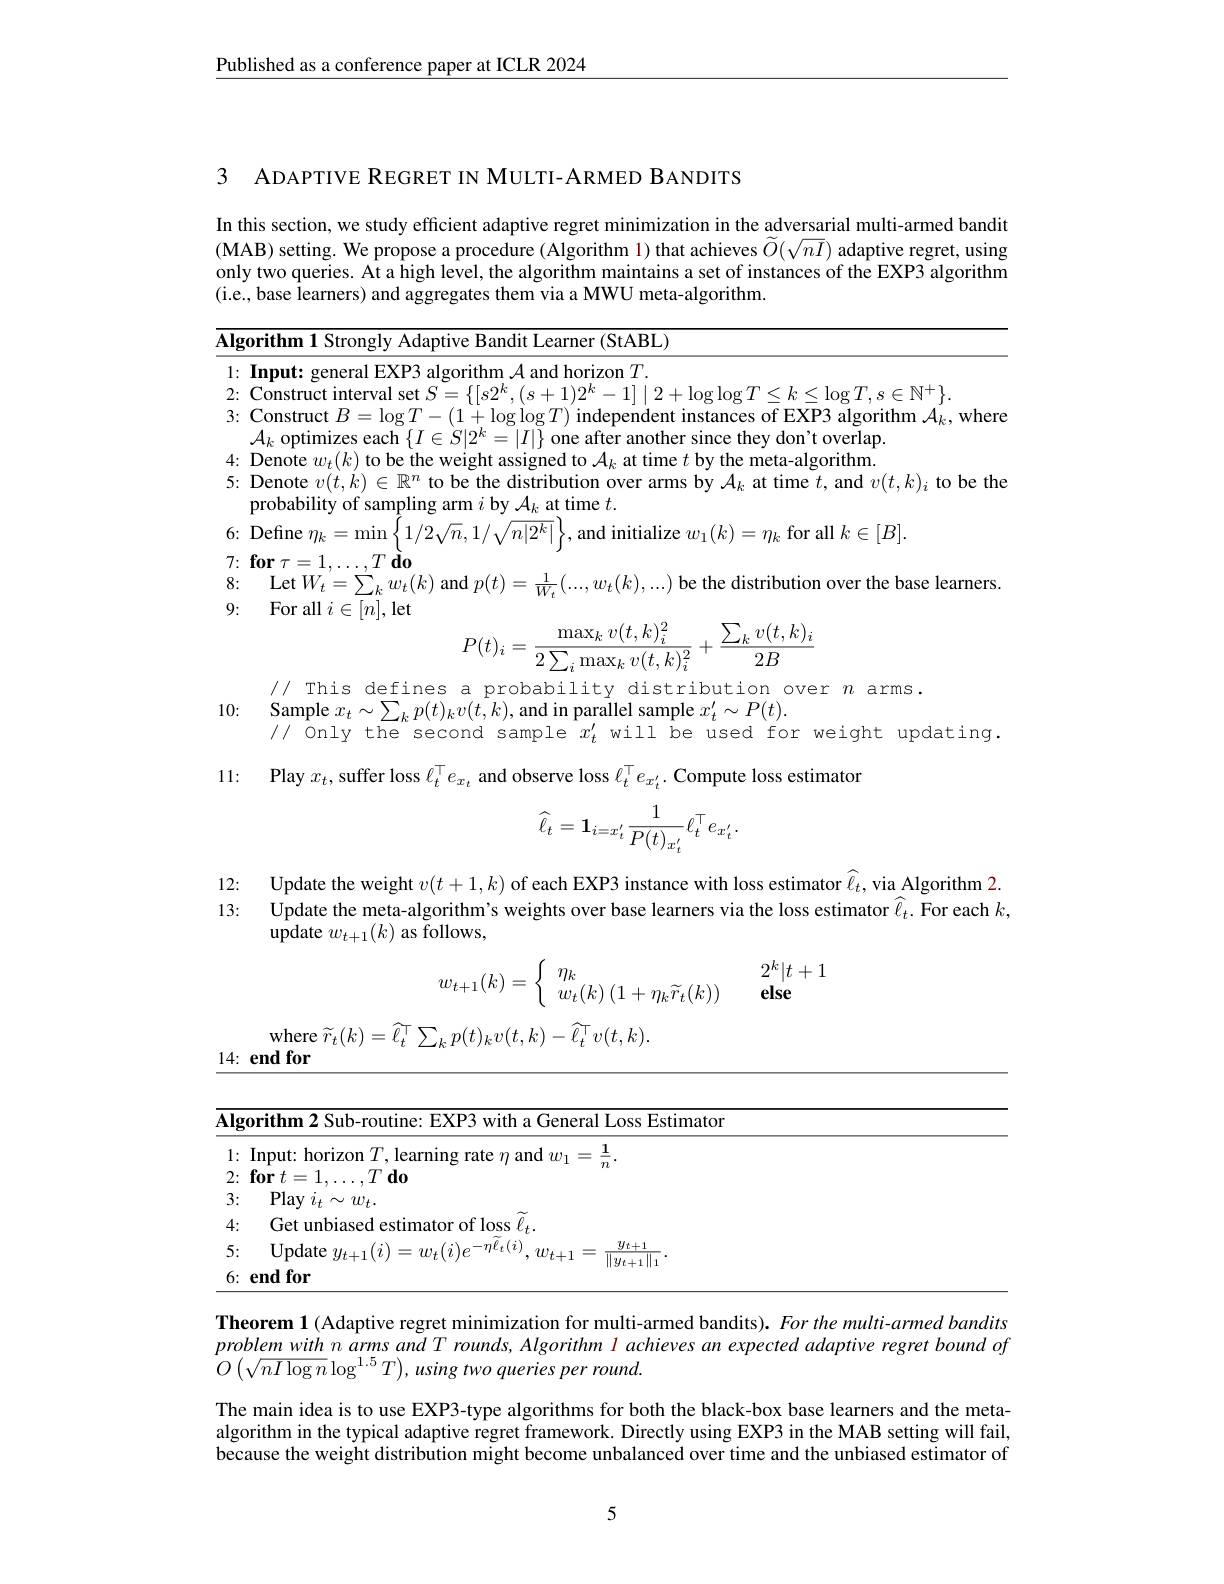
$\underline{\text{Published as a conference paper at ICLR 2024}}$

3 ADAPTIVE REGRET IN MULTI-ARMED BANDITS

In this section, we study efficient adaptive regret minimization in the adversarial multi-armed bandit

(MAB) setting. We propose a procedure (Algorithm 1) that achieves $\widetilde O(\sqrt{nI})$ adaptive regret, using

only two queries. At a high level, the algorithm maintains a set of instances of the EXP3 algorithm

<table>
	<tbody>
		<tr>
			<td>$\overline{\mathbf{Alg}}$</td>
			<td>T rithm1 Stron eBandit Learner(StABL)</td>
		</tr>
		<tr>
			<td>1 1</td>
			<td>and horizon $T.$</td>
		</tr>
		<tr>
			<td>2:</td>
			<td> </td>
		</tr>
		<tr>
			<td>3:</td>
			<td>Construct $B$ $EXP3$ $\operatorname{algorithm}\mathcal{A}_{k}$,where</td>
		</tr>
		<tr>
			<td>4:</td>
			<td>Denote $w_{t}(k)$ to be the weight as d to $A_{l,c}$ at time $t$ bv the meta-algorithn</td>
		</tr>
		<tr>
			<td>5:</td>
			<td>Denote $v(t,k)\in\mathbb{R}^n$ to be the distribution over arms by $\mathcal{A}_k$ at time $t$, and $v(t,k)_i$ to be the probability of sampling arm $i$ by $\mathcal{A}_k$ at time $t.$</td>
		</tr>
		<tr>
			<td>6:</td>
			<td>${\mathrm{Define~}\eta_{k}}=$ =mm and initialize $w_1(k)=\eta_k$ for all $k\in[B].$</td>
		</tr>
		<tr>
			<td>7:</td>
			<td>$\mathbf{for}\tau=1$ $7T$ $dq$</td>
		</tr>
		<tr>
			<td>8:</td>
			<td>$\operatorname*{Let}W_{t}=\sum_{k}w_{t}(k)$ and $p(t)=$ $\frac{1}{w}(...,w_{t}(k),...)$ be the distribution over the base learners.</td>
		</tr>
		<tr>
			<td>0.</td>
			<td> </td>
		</tr>
	</tbody>
</table>
$$P(t)_i=\frac{\max_kv(t,k)_i^2}{2\sum_i\max_kv(t,k)_i^2}+\frac{\sum_kv(t,k)_i}{2B}$$
$\begin{array}{ll}10:&\text{Sample }x_{t}\sim\sum_{k}p(t)_{k}v(t,\dot{k}),\text{and in parallel sample }x_{t}^{\prime}\sim P(t).\\&\text{// Only the second sample }x_{t}^{\prime}\text{will be used for weight updating.}\end{array}$

// This defines a probability distribution over $n$ arms.
11: Play $x_t$,suffer loss $\ell_t^\top e_{x_t}$ and observe loss $\ell_t^\top e_{x_t^{\prime}}.$ Compute loss estimator
$$\widehat{\ell_{t}}=\mathbf{1}_{i=x_{t}^{'}}\frac{1}{P(t)_{x_{t}^{'}}}\ell_{t}^{\top}e_{x_{t}^{'}}.$$
12:
13: Update the meta-algorithm's weights over base learners via the loss estimator $\widehat{\ell}_t.$ For each $k$,

Update the weight $v(t+1,k)$ of each EXP3 instance with loss estimator $\widehat{\ell}_t$, via Algorithm 2
$\hat{\text{update }w_{t+1}}(k)$ as follows,
$$w_{t+1}(k)=\left\{\begin{array}{ll}\eta_k&\quad2^k|t+1\\w_t(k)\left(1+\eta_k\widetilde{r}_t(k)\right)&\quad\textbf{else}\end{array}\right.$$
${\mathrm{where~}\widetilde{r}_{t}}(k)=\widehat{\ell}_{t}^{\top}\sum_{k}p(t)_{k}v(t,k)-\widehat{\ell}_{t}^{\top}v(t,k).$

$14: \textbf{end for}$

<table>
	<tbody>
		<tr>
			<th>$\overline{\mathbf{Alg}}$ 、</th>
			<th>$\mathbf{gorithm2}$ Sub-routine: EXP3 with a General Loss Estimator</th>
		</tr>
		<tr>
			<td>1 $\bullet$ 1</td>
			<td>Input: horizon 一1 armino Tate and $\eta_{11}$</td>
		</tr>
		<tr>
			<td>2:</td>
			<td>$\mathbf{for}t=1,\ldots,T\mathbf{do}$</td>
		</tr>
		<tr>
			<td>3:</td>
			<td>$\operatorname{Play}i_t\sim w_t.$</td>
		</tr>
		<tr>
			<td>4: T T</td>
			<td>Get unbiased estimator of loss $\ell _{t}$</td>
		</tr>
		<tr>
			<td>5:</td>
			<td>0mdate $=au(i)_{o}-\eta\ell_{t}(i)$ $w_{t+1}$ $\underline{y_{t+1}}$</td>
		</tr>
		<tr>
			<td>6:</td>
			<td>$\mathbf{endfor}$ $\|\vartheta t+1\|$</td>
		</tr>
	</tbody>
</table>

Theorem 1 (Adaptive regret minimization for multi-armed bandits). For the multi-armed bandits $problemwithnarmsandTrounds,Algorithmlachievesanexpectedadaptiveregretboundof$ $O\left(\sqrt{nI\log n}\log^{1.5}T\right)$, using two queries per round.
The main idea is to use EXP3-type algorithms for both the black-box base learners and the metaalgorithm in the typical adaptive regret framework. Directly using EXP3 in the MAB setting will fail, because the weight distribution might become unbalanced over time and the unbiased estimator of

5